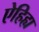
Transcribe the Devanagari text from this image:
ऐहिह्य